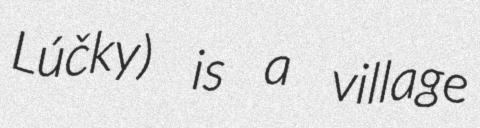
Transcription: Lúčky) is a village